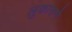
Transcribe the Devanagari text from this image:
लुकासने